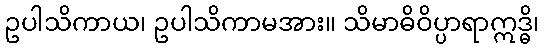
ဥပါသိကာယ၊ ဥပါသိကာမအား။ သိမာဓိဝိပ္ပာရာဣဒ္ဓိ၊